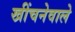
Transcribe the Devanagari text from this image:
खींचनेवाले